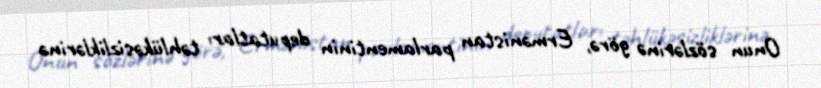
Onun sözlərinə görə, Ermənistan parlamentinin deputatları təhlükəsizliklərinə